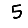
Digit: 5